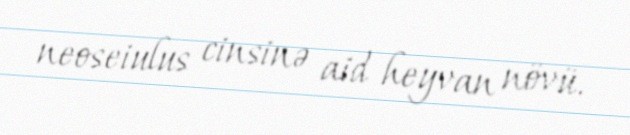
neoseiulus cinsinə aid heyvan növü.